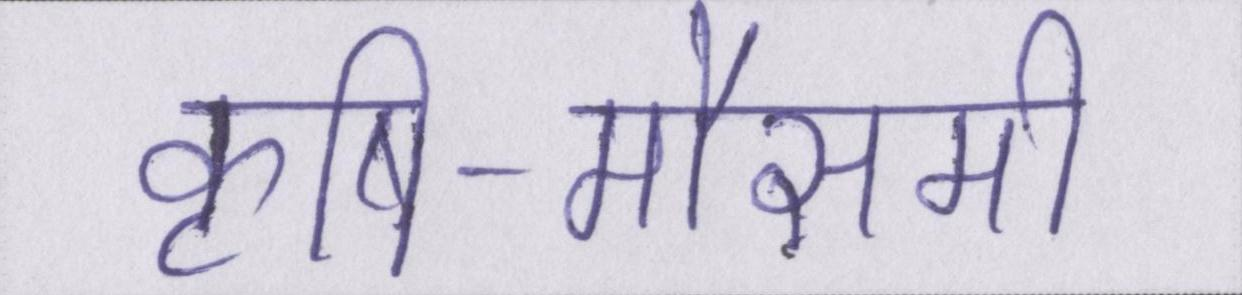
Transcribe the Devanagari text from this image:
कृषि-मौसमी